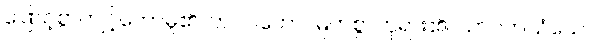
ဖြောင့်စွာကျင့်တော်မူ၏။ ဘဂဝတော၊ မြတ်စွာဘုရား၏။ သာဝကသံဃော၊